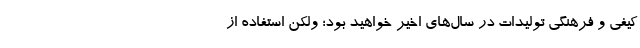
کیفی و فرهنگی تولیدات در سال‌های اخیر خواهید بود؛ ولکن استفاده از